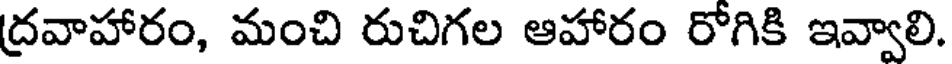
ద్రవాహారం, మంచి రుచిగల ఆహారం రోగికి ఇవ్వాలి.